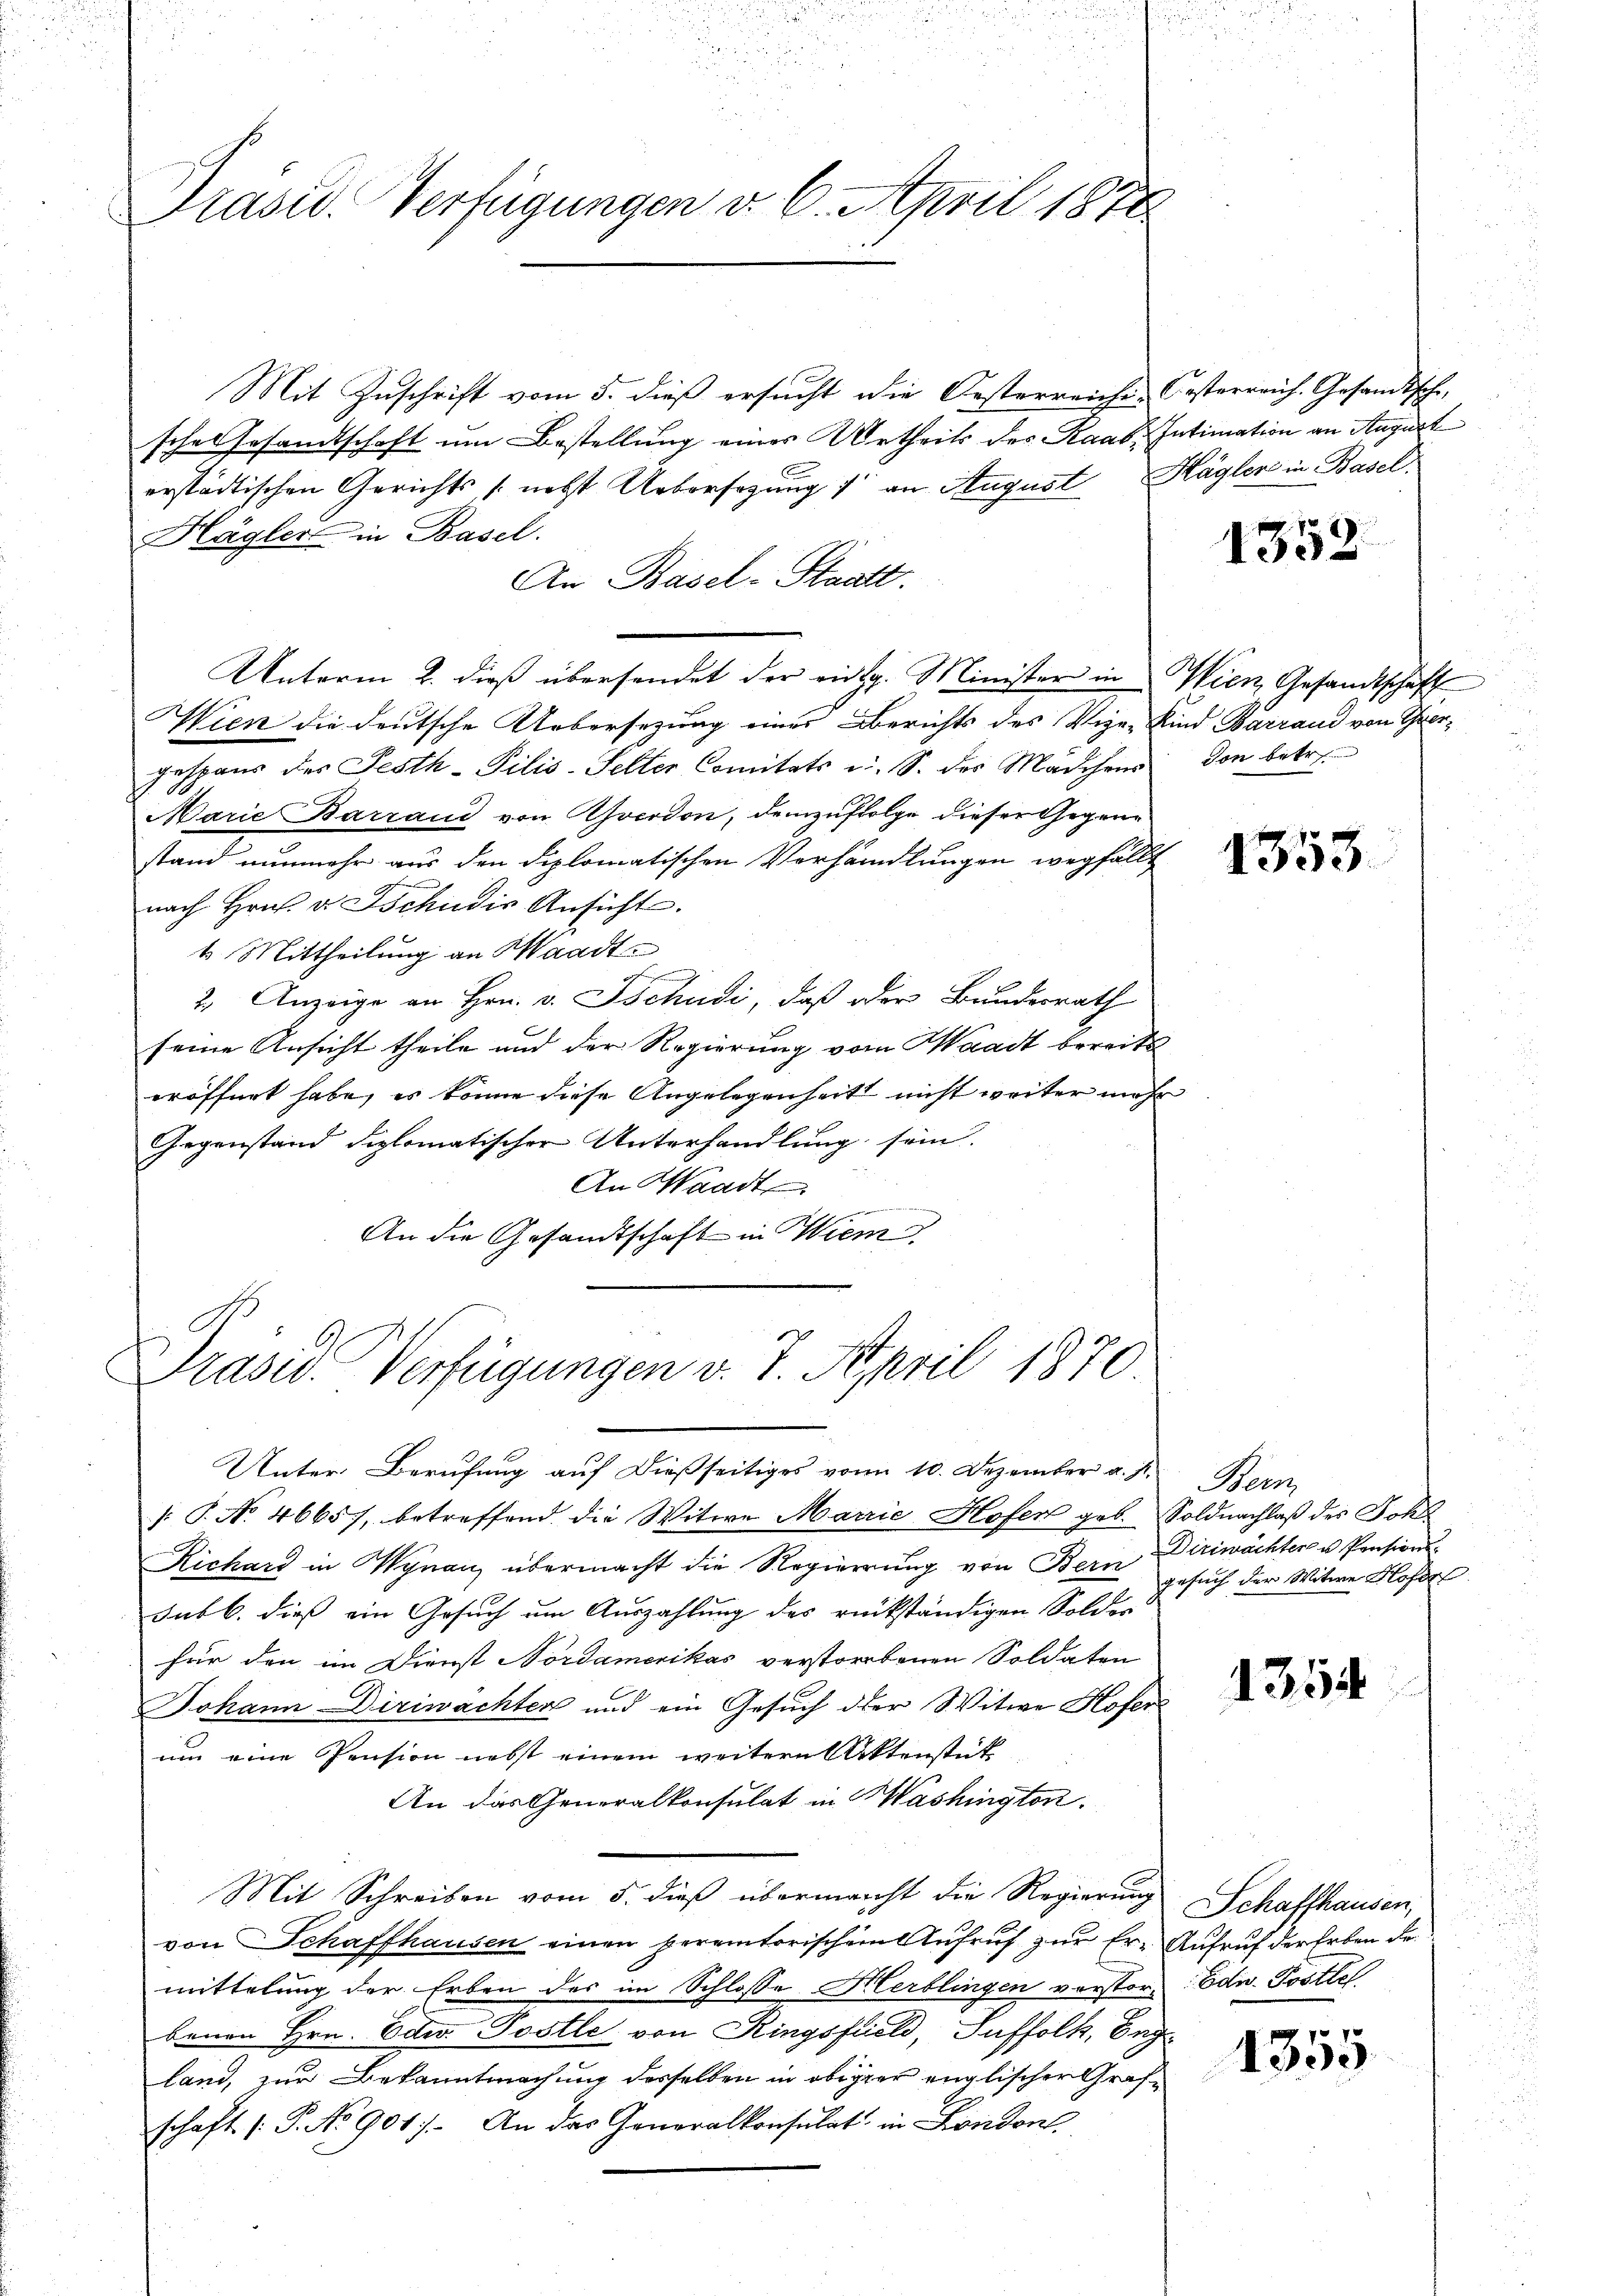
Präsid. Verfügungen v. 6. April 1870

Mit Zuschrift vom 5. dieß ersucht die Oesterreiche Oesterreich. Gesandtsche
sches Gesamtschaft um Bestellung eines Urtheils des Raab Intimation an August
erstädtischen Gerichts, nebst Uebersezung 1 an August Hagler in Basel
Hägler in Basel.
An Basel-Staatt.
Unterm 2. dieß übersendet der eidg. Minister in Wien Gesandtschaft
Wien die deutsche Uebersezung eines Berichts des Vize-Kind Barrand von Oergespans des Festh-Pilis-Selter Comitats u. S. des Marchens den betr.
Marie Barrand von Zoerdon, demzufolge dieser Gegenstand nunmehr aus den diplomatischen Verhandlungen wegfällt
nach Hrn. v. Tschudis Ansicht
t. Mittheilung an Waadt.
2. Anzeige an Hrn. v. Tschudi, daß oder Bundesrath
seine Ansicht theile und der Regierung vom Waadt bereits
eröffnet habe, es könne diese Angelegenheit nicht weiter mehr
Gegenstand diplomatischer Unterhandlung sein.
An Waadt
.
An die Gesandtschaft in Wien
Präsid. Verfügungen v. 7. April 1870.

Unter Berufung auf dießseitiges von 10. Dezember a. p.
[ P. No 4665), betreffend die Witwe Marie Hofer geb. Soldnachlaß des Joha
Richard in Wynau übermacht die Regierung von Bern
sub b. dieß ein Gesuch um Auszahlung des rückständigen Solder
für den im Dienst Nordamerikas verstorbenen Soldaten
Johann Diriwachten und ein Gesuch der Witwe Hofer
um eine Pension nebst einem weitern Rektenstück
An das Generalkonsulat in Washington.
Mit Schreiben vom 5. dieß übermacht die Regierung Schaffhausen,
von Schaffhausen einen peremtorischem Aufruf zur Er- Aufruf der Erben de
mittelung der Erben des im Schlosse Herblingen verstor-Edw. Postle
benen Hrn. Odw. Postle von Ringsfeld, Suffolk, beg
land, zur Bekanntmachung desselben in obiger englischen Grafschaft (P. No 901). An das Generalkonsulat in London

1352

1353.

Hen
Diriwächter u Pensionsgesuch der Witwe Hofes

1354

1355